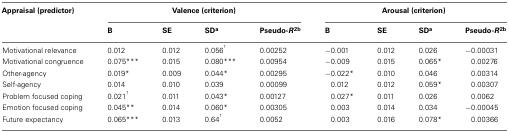
| Appraisal (predictor) | <COLSPAN=4> Valence (criterion) | <COLSPAN=4> Arousal (criterion) |
 |  | B | SE | SDa | Pseudo-R2b | B | SE | SDa | Pseudo-R2b |
 | --- | --- | --- | --- | --- | --- | --- | --- | --- |
 | Motivational relevance | 0.012 | 0.012 | 0.056† | 0.00252 | −0.001 | 0.012 | 0.026 | −0.00031 |
 | Motivational congruence | 0.075*** | 0.015 | 0.080*** | 0.00954 | −0.009 | 0.015 | 0.065* | 0.00276 |
 | Other-agency | 0.019* | 0.009 | 0.044* | 0.00295 | −0.022* | 0.010 | 0.046 | 0.00314 |
 | Self-agency | 0.014 | 0.010 | 0.039 | 0.00099 | 0.012 | 0.012 | 0.059* | 0.00307 |
 | Problem focused coping | 0.021† | 0.011 | 0.043* | 0.00127 | 0.027* | 0.011 | 0.026 | 0.0062 |
 | Emotion focused coping | 0.045** | 0.014 | 0.060* | 0.00305 | 0.003 | 0.014 | 0.034 | −0.00045 |
 | Future expectancy | 0.065*** | 0.013 | 0.64† | 0.0052 | 0.003 | 0.016 | 0.078* | 0.00366 |